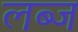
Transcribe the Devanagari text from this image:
लब्ज